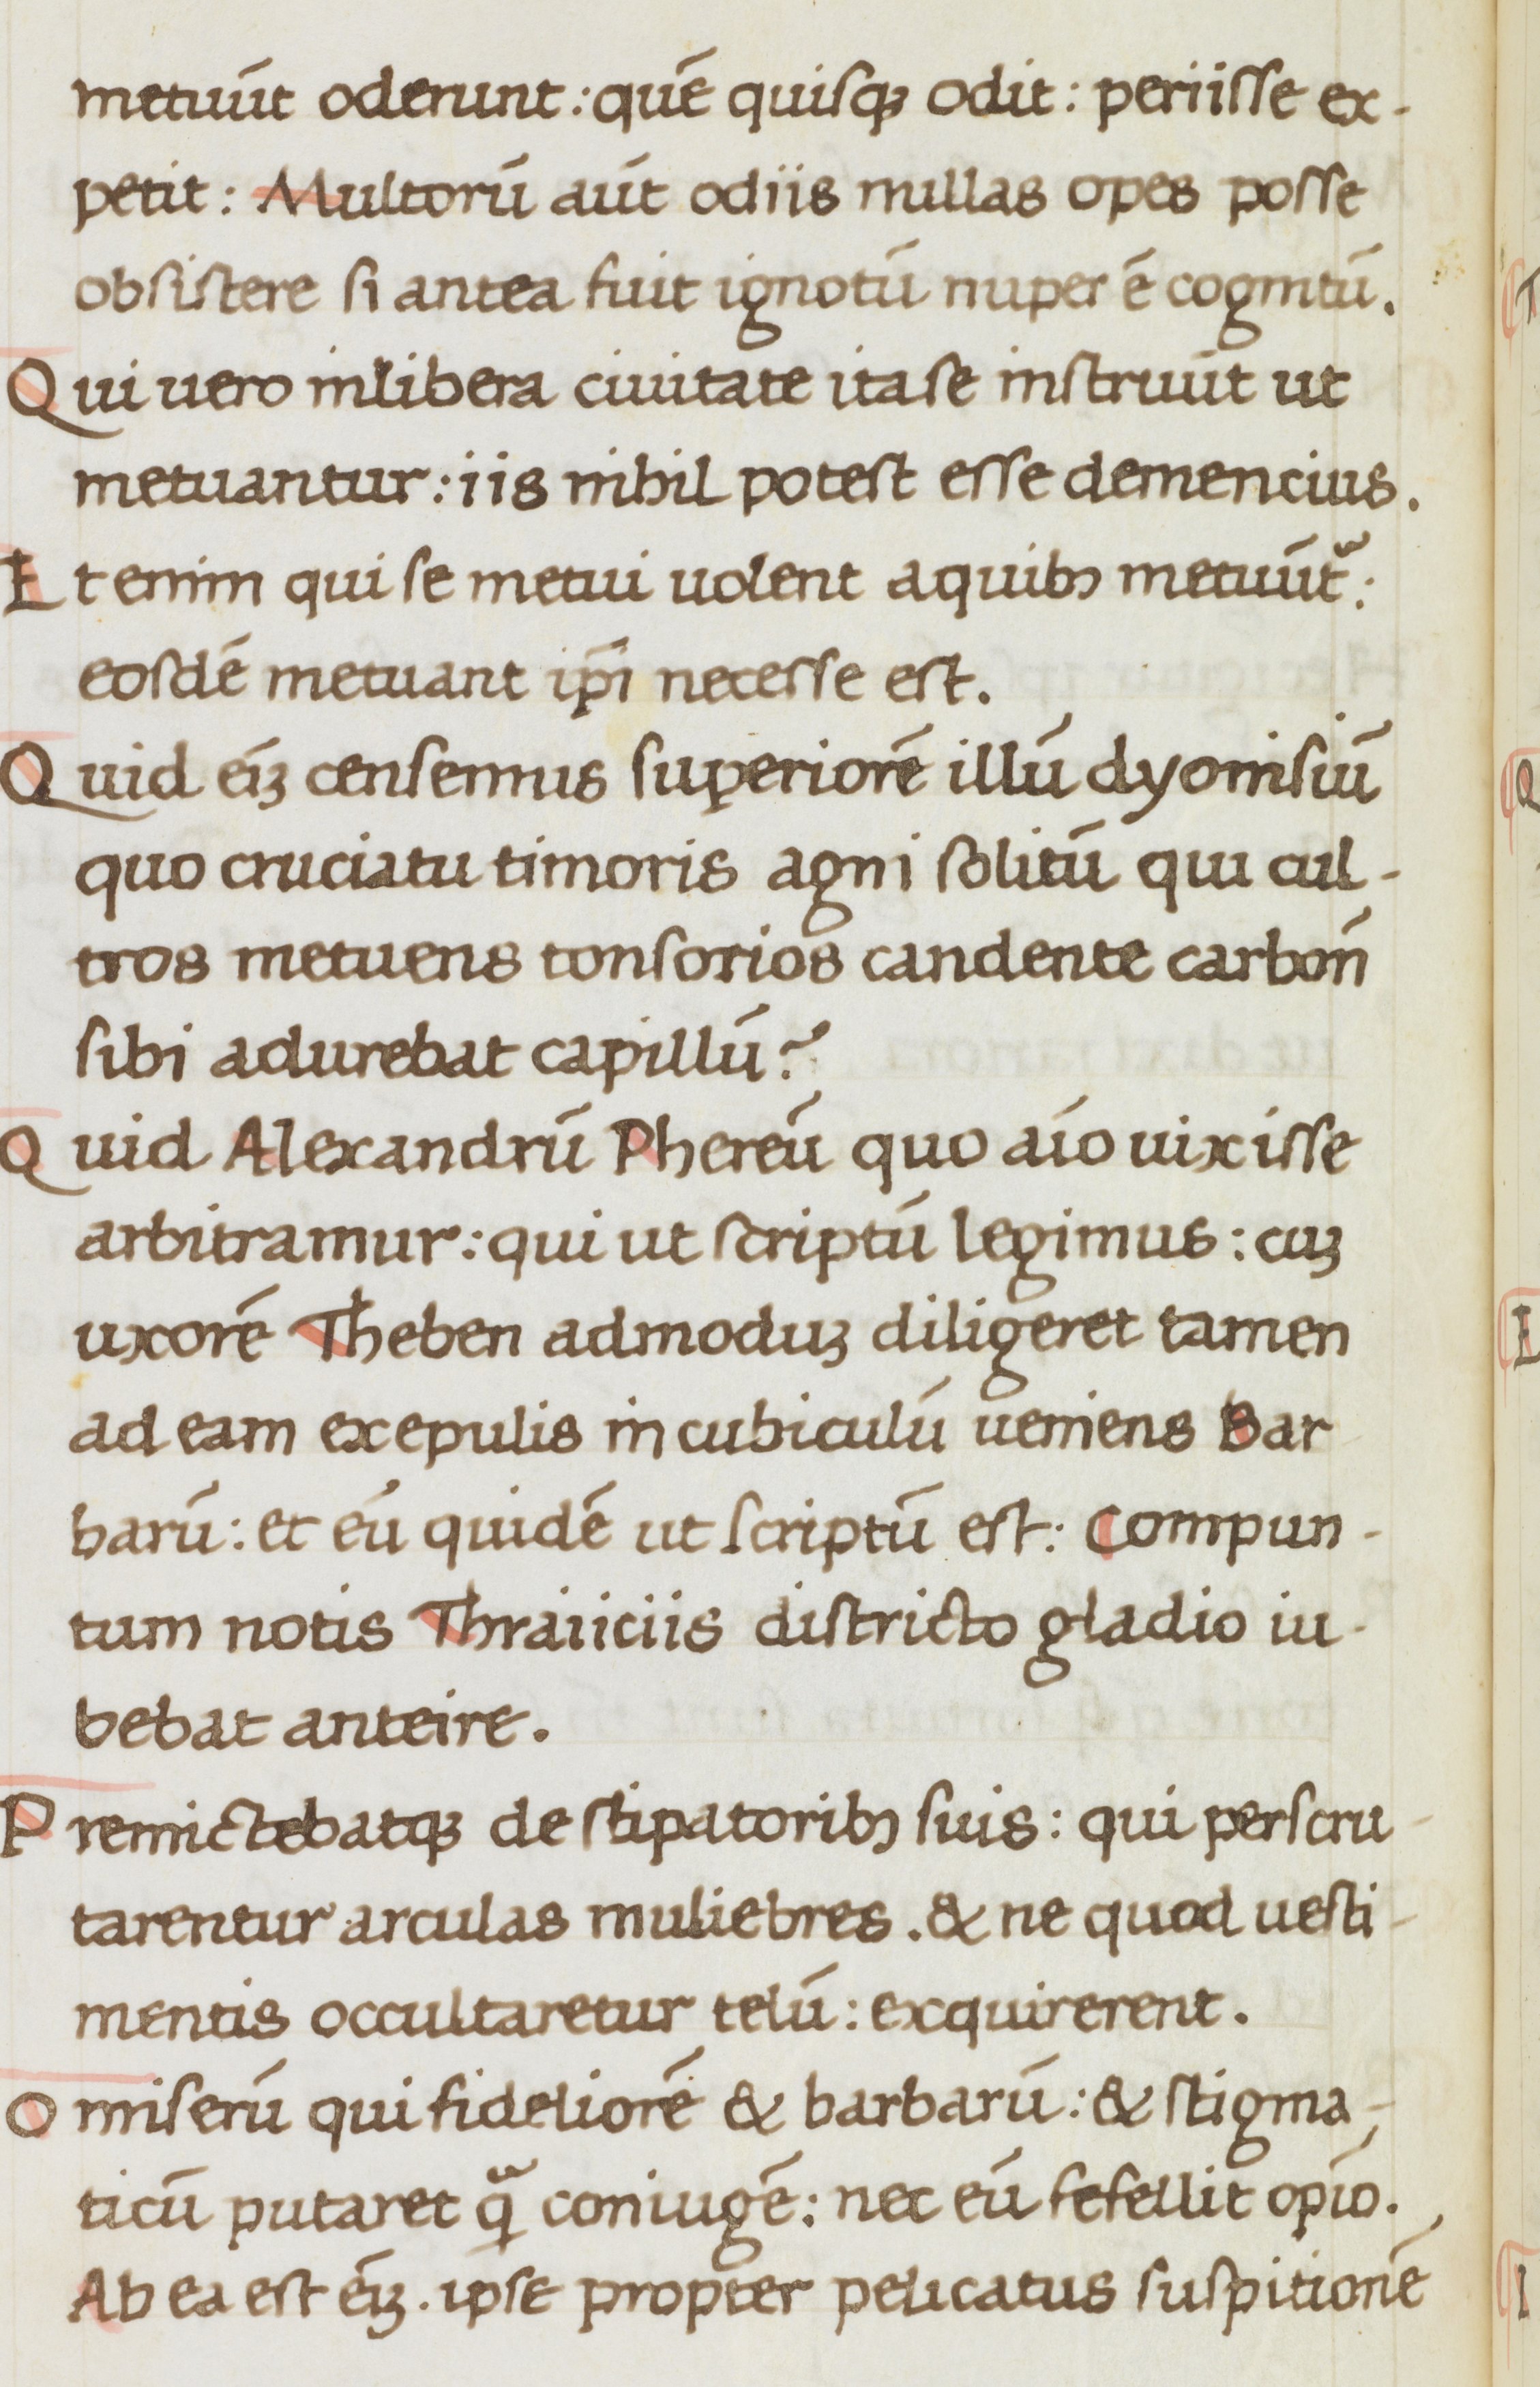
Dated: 1475–1499